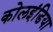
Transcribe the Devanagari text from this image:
कोलइंडिया